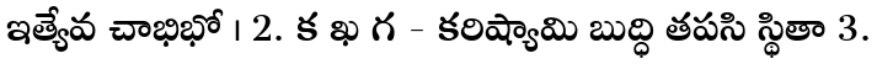
ఇత్యేవ చాభిభో । 2. క ఖ గ - కరిష్యామి బుద్ధి తపసి స్థితా 3.